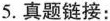
5.真题链接: